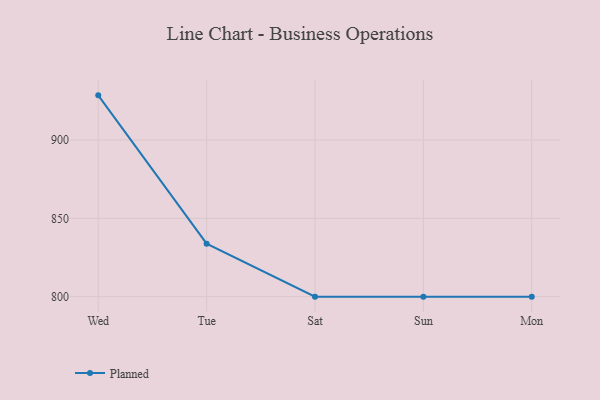
{"axis": {"x": "Day", "y": "Shipments"}, "legend": ["Planned"], "data": [{"x": "Wed", "y": 928.5, "type": "Planned"}, {"x": "Tue", "y": 833.8, "type": "Planned"}, {"x": "Sat", "y": 800, "type": "Planned"}, {"x": "Sun", "y": 800, "type": "Planned"}, {"x": "Mon", "y": 800, "type": "Planned"}]}